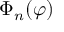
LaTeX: \Phi _ { n } ( \varphi )